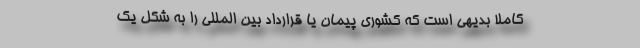
کاملا بدیهی است که کشوری پیمان یا قرارداد بین المللی را به شکل یک